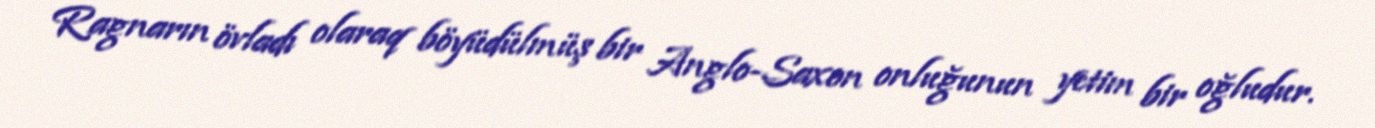
Ragnarın övladı olaraq böyüdülmüş bir Anglo-Saxon onluğunun yetim bir oğludur.